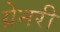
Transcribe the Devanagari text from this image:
ग्रेनरी